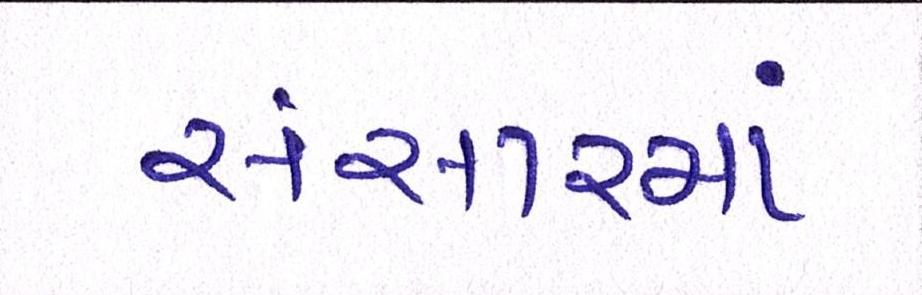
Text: સંસારમાં